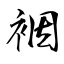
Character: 裀